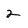
Character: 2